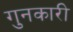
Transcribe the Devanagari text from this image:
गुनकारी